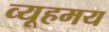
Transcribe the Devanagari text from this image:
व्यूहमय